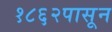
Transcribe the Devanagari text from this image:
१८६२पासून